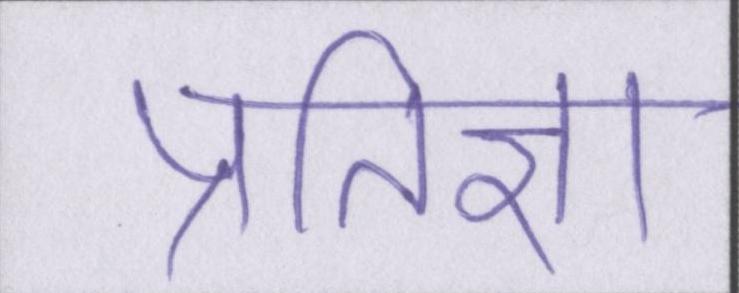
प्रतिज्ञा